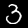
Label: 3